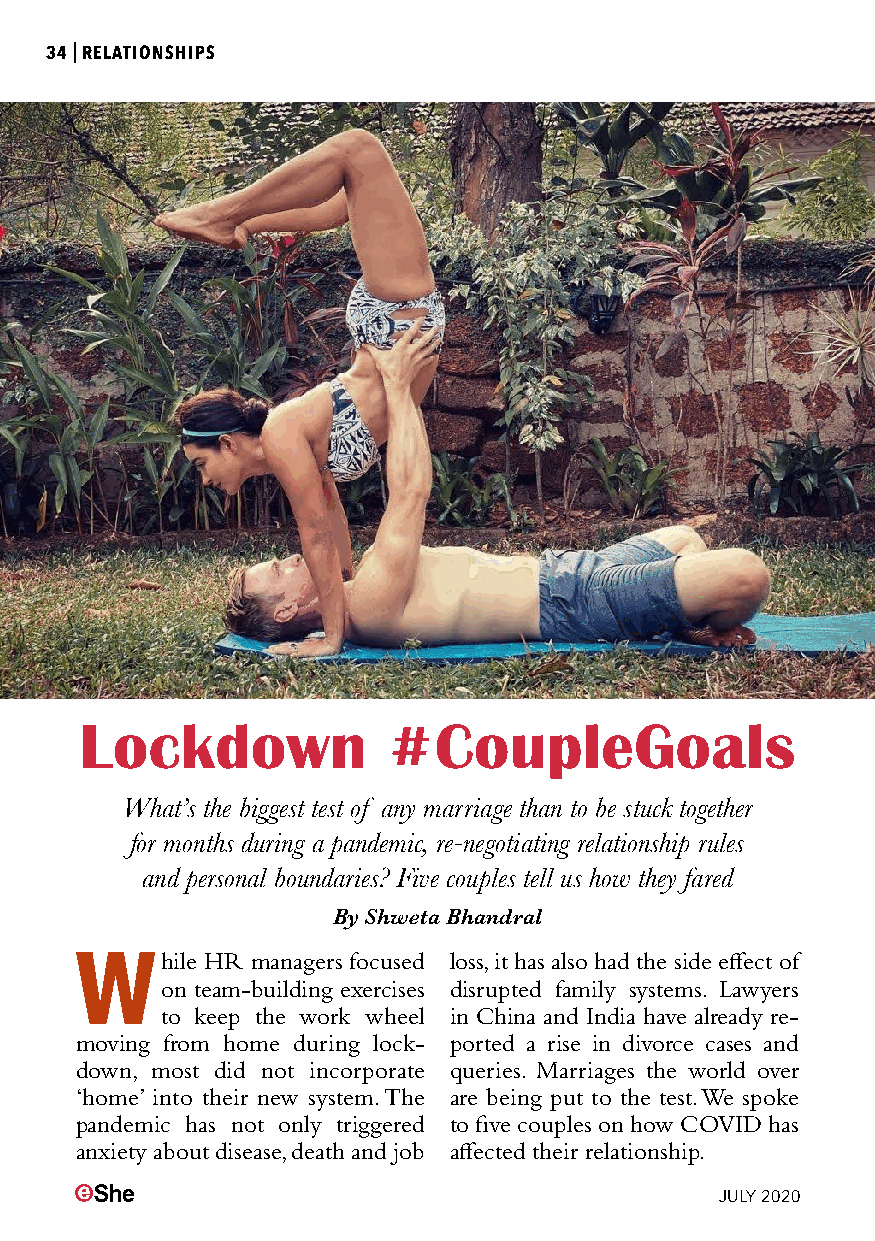
34|RELATIONSHIPS
 Lockdown             #CoupleGoals
 What’s the biggest test of any marriage than to be stuck together
 for months during a pandemic, re-negotiating relationship rules
 and personal boundaries? Five couples tell us how they fared
 By Shweta Bhandral
 While    HR managers focused loss, it has also had the side effect of
 on team-building exercises disrupted family systems. Lawyers
 to keep the work wheel in China and India have already re-
 moving from home during lock- ported a rise in divorce cases and
 down, most did not incorporate queries. Marriages the world over
 ‘home’ into their new system. The are being put to the test. We spoke
 pandemic has not only triggered to five couples on how COVID has
 anxiety about disease, death and job affected their relationship.
 JULY 2020